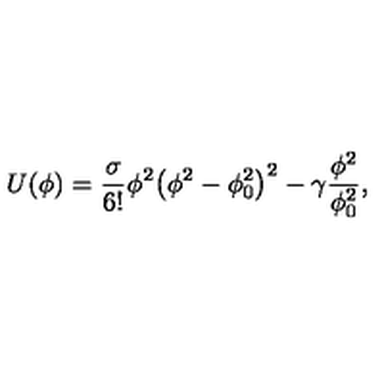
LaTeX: U ( \phi ) = \frac { \sigma } { 6 ! } \phi ^ { 2 } { \left( \phi ^ { 2 } - \phi _ { 0 } ^ { 2 } \right) } ^ { 2 } - \gamma \frac { \phi ^ { 2 } } { \phi _ { 0 } ^ { 2 } } ,